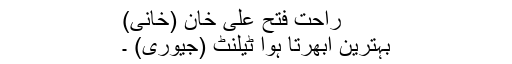
راحت فتح علی خان (خانی)
بہترین ابھرتا ہوا ٹیلنٹ (جیوری) ۔